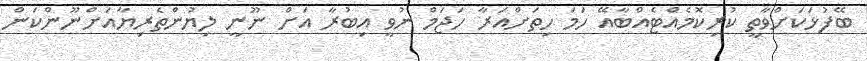
ބޭފުޅަކަށްވާތީ ކުރިކޮމެއްޓެއްބާއޭ ހަމަ ހިތަށްއަރާ ހަޖަމް ނުވީ އިބުރާ އަށް ނޫނީ ލިޔުންތެރިޔާއަށްނޫންކަން